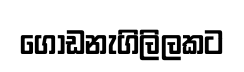
ගොඩනැගිලිලකට